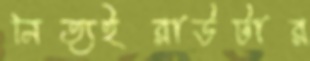
নিত্যইরাউটার